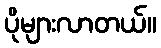
ပိုများလာတယ်။